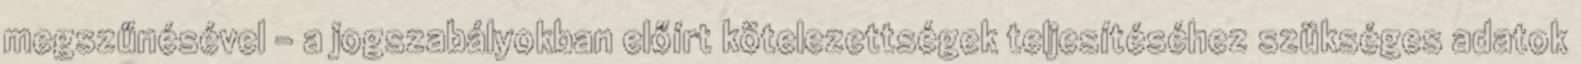
megszűnésével – a jogszabályokban előírt kötelezettségek teljesítéséhez szükséges adatok